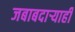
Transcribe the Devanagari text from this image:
जबाबदाऱ्याही